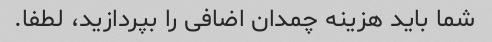
شما باید هزینه چمدان اضافی را بپردازید، لطفا.